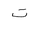
Letter: _ta